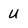
Character: U